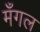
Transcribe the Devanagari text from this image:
मँगल